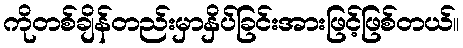
ကိုတစ်ချိန်တည်းမှာနှိပ်ခြင်းအားဖြင့်ဖြစ်တယ်။